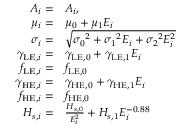
\begin{array} { r l } { A _ { i } = } & { \boldsymbol { A _ { i } } , } \\ { \mu _ { i } = } & { \boldsymbol { \mu _ { 0 } } + \boldsymbol { \mu _ { 1 } } E _ { i } } \\ { \sigma _ { i } = } & { \sqrt { \boldsymbol { \sigma _ { 0 } } ^ { 2 } + \boldsymbol { \sigma _ { 1 } } ^ { 2 } E _ { i } + \boldsymbol { \sigma _ { 2 } } ^ { 2 } E _ { i } ^ { 2 } } } \\ { \gamma _ { \mathrm { L E } , i } = } & { \boldsymbol { \gamma _ { \mathrm { L E } , 0 } } + \boldsymbol { \gamma _ { \mathrm { L E } , 1 } } E _ { i } } \\ { f _ { \mathrm { L E } , i } = } & { \boldsymbol { f _ { \mathrm { L E } , 0 } } } \\ { \gamma _ { \mathrm { H E } , i } = } & { \boldsymbol { \gamma _ { \mathrm { H E } , 0 } } + \boldsymbol { \gamma _ { \mathrm { H E } , 1 } } E _ { i } } \\ { f _ { \mathrm { H E } , i } = } & { \boldsymbol { f _ { \mathrm { H E } , 0 } } } \\ { H _ { s , i } = } & { \frac { \boldsymbol { H _ { s , 0 } } } { E _ { i } ^ { 2 } } + \boldsymbol { H _ { s , 1 } } E _ { i } ^ { - 0 . 8 8 } } \end{array}